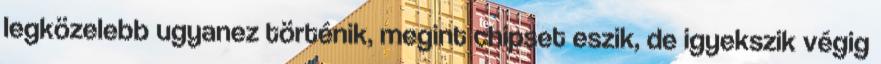
legközelebb ugyanez történik, megint chipset eszik, de igyekszik végig